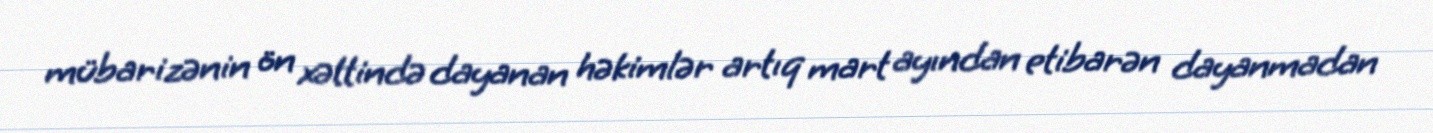
mübarizənin ön xəttində dayanan həkimlər artıq mart ayından etibarən dayanmadan